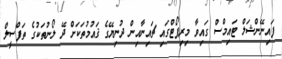
ފައިނޭންޝަލް ޓައިމްސް ގައިވާ މިރިޕޯޓްގައި ޗައިނާއިން ދުނިޔޭގެ ޤައުމުތަކަށް ދޭ ލޯނުތަކުގެ ތަފްސީލް